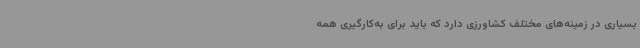
بسیاری در زمینه‌های مختلف کشاورزی دارد که باید برای به‌کارگیری همه